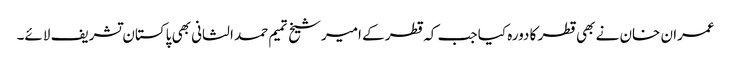
عمران خان نے بھی قطر کا دورہ کیا جب کہ قطر کے امیرشیخ تمیم حمد الثانی بھی پاکستان تشریف لائے۔